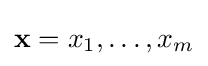
\mathbf {x} =x_{1},\dots ,x_{m}